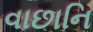
વાછાનિ